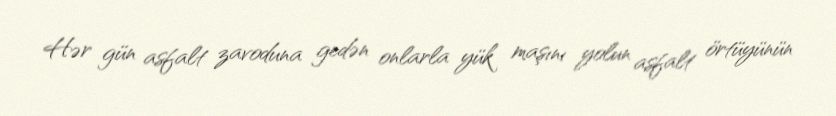
Hər gün asfalt zavoduna gedən onlarla yük maşını yolun asfalt örtüyünün